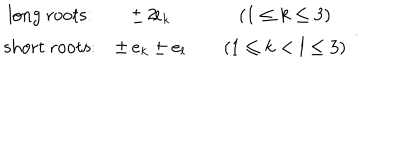
\begin{array} { c c c c } { { \mathrm { l o n g ~ r o o t s : } } } & { { \pm \, 2 \! e _ { k } } } & { { } } & { { ( 1 \leq k \leq 3 ) } } \\ { { \mathrm { s h o r t ~ r o o t s : } } } & { { \pm \, e _ { k } \pm e _ { l } } } & { { } } & { { ( 1 \leq k < l \leq 3 ) } } \\ \end{array} ~ .